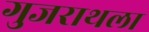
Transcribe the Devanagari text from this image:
गुजराथला